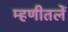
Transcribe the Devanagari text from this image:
म्हणीतलें